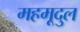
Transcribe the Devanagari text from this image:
महमूदुल